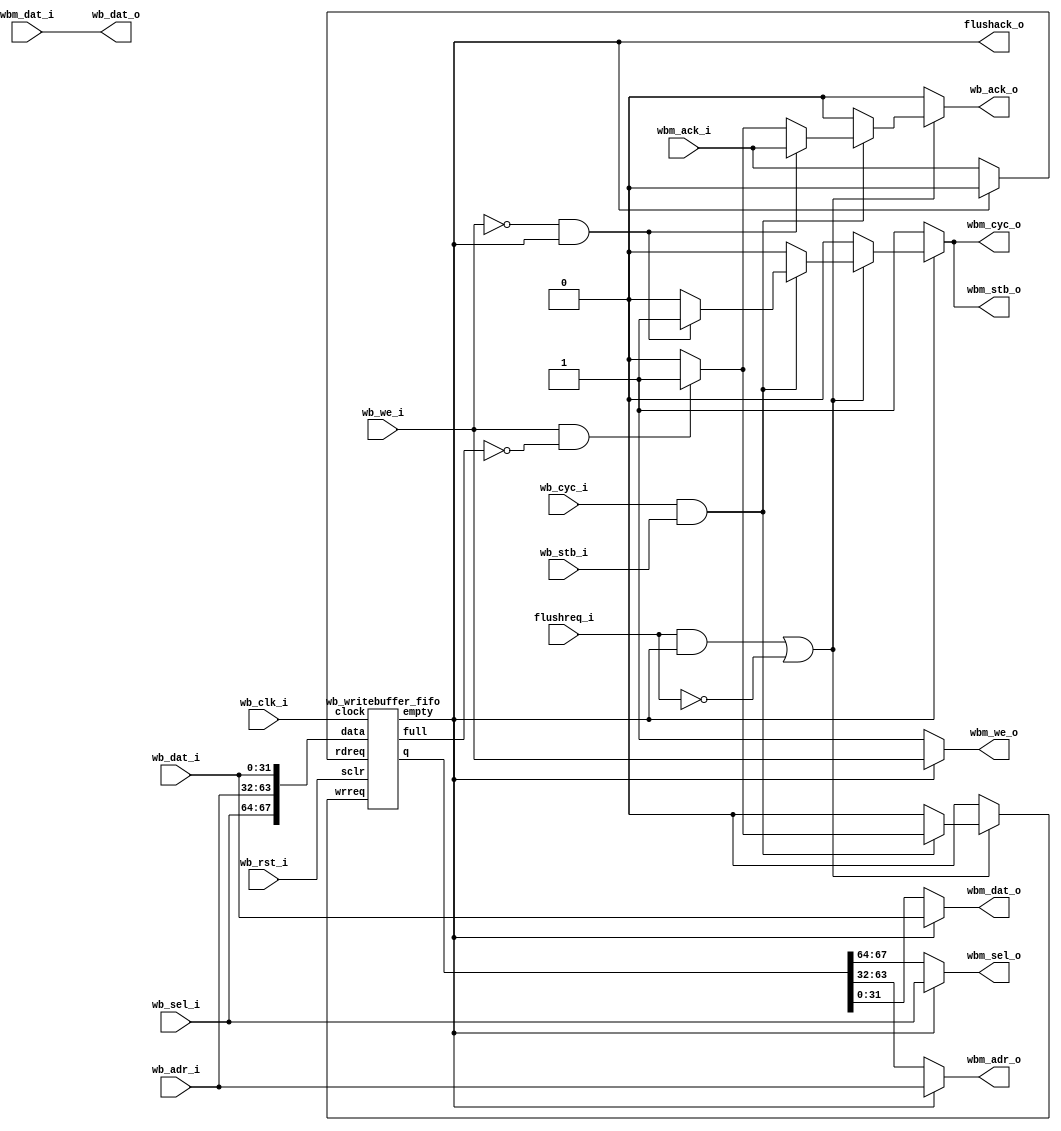
/* Copyright 2005-2009, Unpublished Work of Technologic Systems
 * All Rights Reserved.
 *
 * THIS WORK IS AN UNPUBLISHED WORK AND CONTAINS CONFIDENTIAL,
 * PROPRIETARY AND TRADE SECRET INFORMATION OF TECHNOLOGIC SYSTEMS.
 * ACCESS TO THIS WORK IS RESTRICTED TO (I) TECHNOLOGIC SYSTEMS 
 * EMPLOYEES WHO HAVE A NEED TO KNOW TO PERFORM TASKS WITHIN THE SCOPE
 * OF THEIR ASSIGNMENTS AND (II) ENTITIES OTHER THAN TECHNOLOGIC
 * SYSTEMS WHO HAVE ENTERED INTO APPROPRIATE LICENSE AGREEMENTS.  NO
 * PART OF THIS WORK MAY BE USED, PRACTICED, PERFORMED, COPIED, 
 * DISTRIBUTED, REVISED, MODIFIED, TRANSLATED, ABRIDGED, CONDENSED, 
 * EXPANDED, COLLECTED, COMPILED, LINKED, RECAST, TRANSFORMED, ADAPTED
 * IN ANY FORM OR BY ANY MEANS, MANUAL, MECHANICAL, CHEMICAL, 
 * ELECTRICAL, ELECTRONIC, OPTICAL, BIOLOGICAL, OR OTHERWISE WITHOUT
 * THE PRIOR WRITTEN PERMISSION AND CONSENT OF TECHNOLOGIC SYSTEMS.
 * ANY USE OR EXPLOITATION OF THIS WORK WITHOUT THE PRIOR WRITTEN
 * CONSENT OF TECHNOLOGIC SYSTEMS COULD SUBJECT THE PERPETRATOR TO
 * CRIMINAL AND CIVIL LIABILITY.
 */

module wb_writebuffer(
  wb_clk_i,
  wb_rst_i,
  wb_adr_i,
  wb_dat_i,
  wb_dat_o,
  wb_cyc_i,
  wb_stb_i,
  wb_we_i,
  wb_ack_o,
  wb_sel_i,

  wbm_adr_o,
  wbm_dat_i,
  wbm_dat_o,
  wbm_cyc_o,
  wbm_stb_o,
  wbm_we_o,
  wbm_ack_i,
  wbm_sel_o,

  flushreq_i,
  flushack_o
);
input wb_clk_i;
input wb_rst_i;
input [31:0] wb_adr_i, wb_dat_i, wbm_dat_i;
output reg [31:0] wb_dat_o, wbm_dat_o, wbm_adr_o;
input [3:0] wb_sel_i;
input wb_cyc_i, wb_stb_i, wb_we_i;
output reg wbm_cyc_o, wbm_stb_o, wbm_we_o;
input wbm_ack_i;
output reg wb_ack_o;
output reg [3:0] wbm_sel_o;
input flushreq_i;
output flushack_o;

wire [67:0] writebuffer_q;
reg wrreq, rdreq;
wire empty, full;
assign flushack_o = empty;
wb_writebuffer_fifo writebuffer(
 .clock(wb_clk_i),
 .data({wb_sel_i, wb_adr_i, wb_dat_i}),
 .q(writebuffer_q),
 .wrreq(wrreq),
 .rdreq(rdreq),
 .empty(empty),
 .full(full),
 .sclr(wb_rst_i)
);

always @(wb_cyc_i or wb_stb_i or wb_we_i or full or empty or writebuffer_q or
  wb_adr_i or wb_dat_i or flushreq_i or wbm_ack_i or wbm_dat_i) begin
  wb_ack_o = 1'b0;
  wrreq = 1'b0;
  wb_dat_o = wbm_dat_i;
  wbm_adr_o = wb_adr_i;
  wbm_dat_o = wb_dat_i;
  wbm_we_o = wb_we_i;
  wbm_sel_o = wb_sel_i;
  wbm_cyc_o = 1'b0;
  wbm_stb_o = 1'b0;
  rdreq = 1'b0;

  if ((flushreq_i && empty) || !flushreq_i) begin
    if (wb_cyc_i && wb_stb_i) begin
      if (wb_we_i && !full) begin
        wrreq = 1'b1;
        wb_ack_o = 1'b1;
      end

      if (!wb_we_i && empty) begin
        wbm_cyc_o = 1'b1;
        wbm_stb_o = 1'b1;
        wb_ack_o = wbm_ack_i;
      end
    end
  end

  if (!empty) begin
    {wbm_sel_o, wbm_adr_o, wbm_dat_o} = writebuffer_q;
    wbm_we_o = 1'b1;
    wbm_cyc_o = 1'b1;
    wbm_stb_o = 1'b1;
    rdreq = wbm_ack_i;
  end 

end

endmodule

module wb_writebuffer_fifo(
  clock,
  data,
  q,
  wrreq,
  rdreq,
  empty,
  full,
  sclr
);

input clock, rdreq, wrreq, sclr;
input [67:0] data;
output [67:0] q;
output full, empty;

(* syn_ramstyle="distributed" *) reg [67:0] fifomem [0:15];
reg [3:0] head, tail;
reg goingfull;
assign q = fifomem[head];
assign full = (head == tail) && goingfull;
assign empty = (head == tail) && !goingfull;
always @(posedge clock or posedge sclr) begin
  if (sclr) begin
    head <= 4'd0;
    tail <= 4'd0;
    goingfull <= 1'b0;
  end else begin
    if (wrreq && !rdreq) goingfull <= 1'b1;
    else if (!wrreq && rdreq) goingfull <= 1'b0;

    if (wrreq) tail <= tail + 1'b1;
    if (rdreq) head <= head + 1'b1;
  end
end

always @(posedge clock) begin
  if (wrreq) fifomem[tail] <= data;
end

endmodule